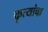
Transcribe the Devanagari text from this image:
कृत्यांचा